Indian journal of veterinary science and animal husbandry - Volumes 24-25, 1954-1955
Year: 1954
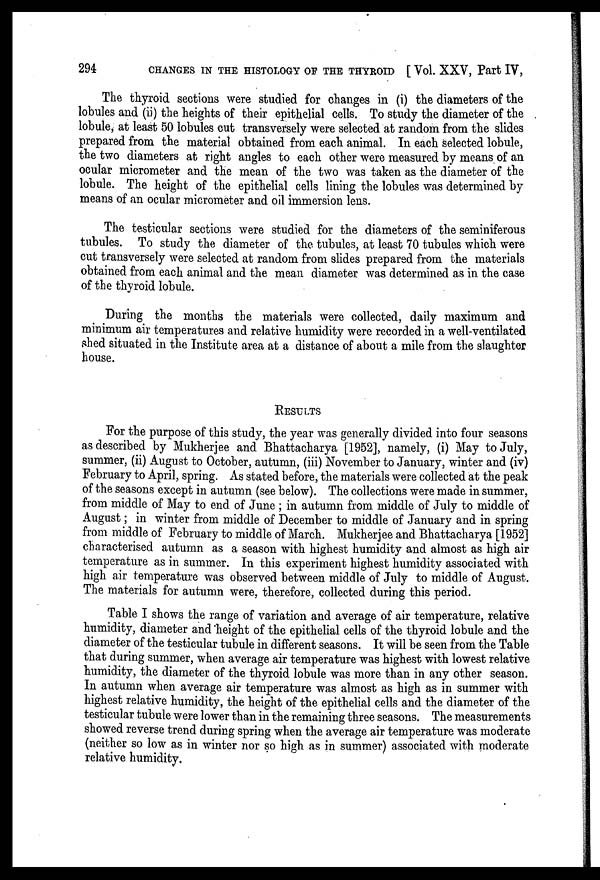
294
CHANGES IN THE HISTOLOGY OF THE THYROID [ Vol. XXV, Part IV,
The thyroid sections were studied for changes in (i) the diameters of the
lobules and (ii) the heights of their epithelial cells. To study the diameter of the
lobule, at least 50 lobules cut transversely were selected at random from the slides
prepared from the material obtained from each animal. In each selected lobule,
the two diameters at right angles to each other were measured by means of an
ocular micrometer and the mean of the two was taken as the diameter of the
lobule. The height of the epithelial cells lining the lobules was determined by
means of an ocular micrometer and oil immersion lens.
The testicular sections were studied for the diameters of the seminiferous
tubules. To study the diameter of the tubules, at least 70 tubules which were
cut transversely were selected at random from slides prepared from the materials
obtained from each animal and the mean diameter was determined as in the case
of the thyroid lobule.
During the months the materials were collected, daily maximum and
minimum air temperatures and relative humidity were recorded in a well-ventilated
shed situated in the Institute area at a distance of about a mile from the slaughter
house.
RESULTS
For the purpose of this study, the year was generally divided into four seasons
as described by Mukherjee and Bhattacharya [1952], namely, (i) May to July,
summer, (ii) August to October, autumn, (iii) November to January, winter and (iv)
February to April, spring. As stated before, the materials were collected at the peak
of the seasons except in autumn (see below). The collections were made in summer,
from middle of May to end of June; in autumn from middle of July to middle of
August; in winter from middle of December to middle of January and in spring
from middle of February to middle of March. Mukherjee and Bhattacharya [1952]
characterised autumn as a season with highest humidity and almost as high air
temperature as in summer. In this experiment highest humidity associated with
high air temperature was observed between middle of July to middle of August.
The materials for autumn were, therefore, collected during this period.
Table I shows the range of variation and average of air temperature, relative
humidity, diameter and height of the epithelial cells of the thyroid lobule and the
diameter of the testicular tubule in different seasons. It will be seen from the Table
that during summer, when average air temperature was highest with lowest relative
humidity, the diameter of the thyroid lobule was more than in any other season.
In autumn when average air temperature was almost as high as in summer with
highest relative humidity, the height of the epithelial cells and the diameter of the
testicular tubule were lower than in the remaining three seasons. The measurements
showed reverse trend during spring when the average air temperature was moderate
(neither so low as in winter nor so high as in summer) associated with moderate
relative humidity.